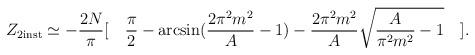
LaTeX: \begin{align*}Z_{2 {\rm inst}} \simeq -\frac{2N}{\pi}[\quad\frac{\pi}{2} - \arcsin(\frac{2\pi^2 m^2}{A}-1)- \frac{2\pi^2 m^2}{A} \sqrt{\frac{A}{\pi^2 m^2}-1}\quad] .\end{align*}